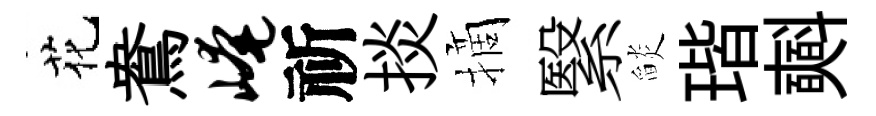
花鴦崦祈掞摘繄𦦨瑎𣂏